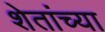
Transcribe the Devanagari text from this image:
शेतांच्या